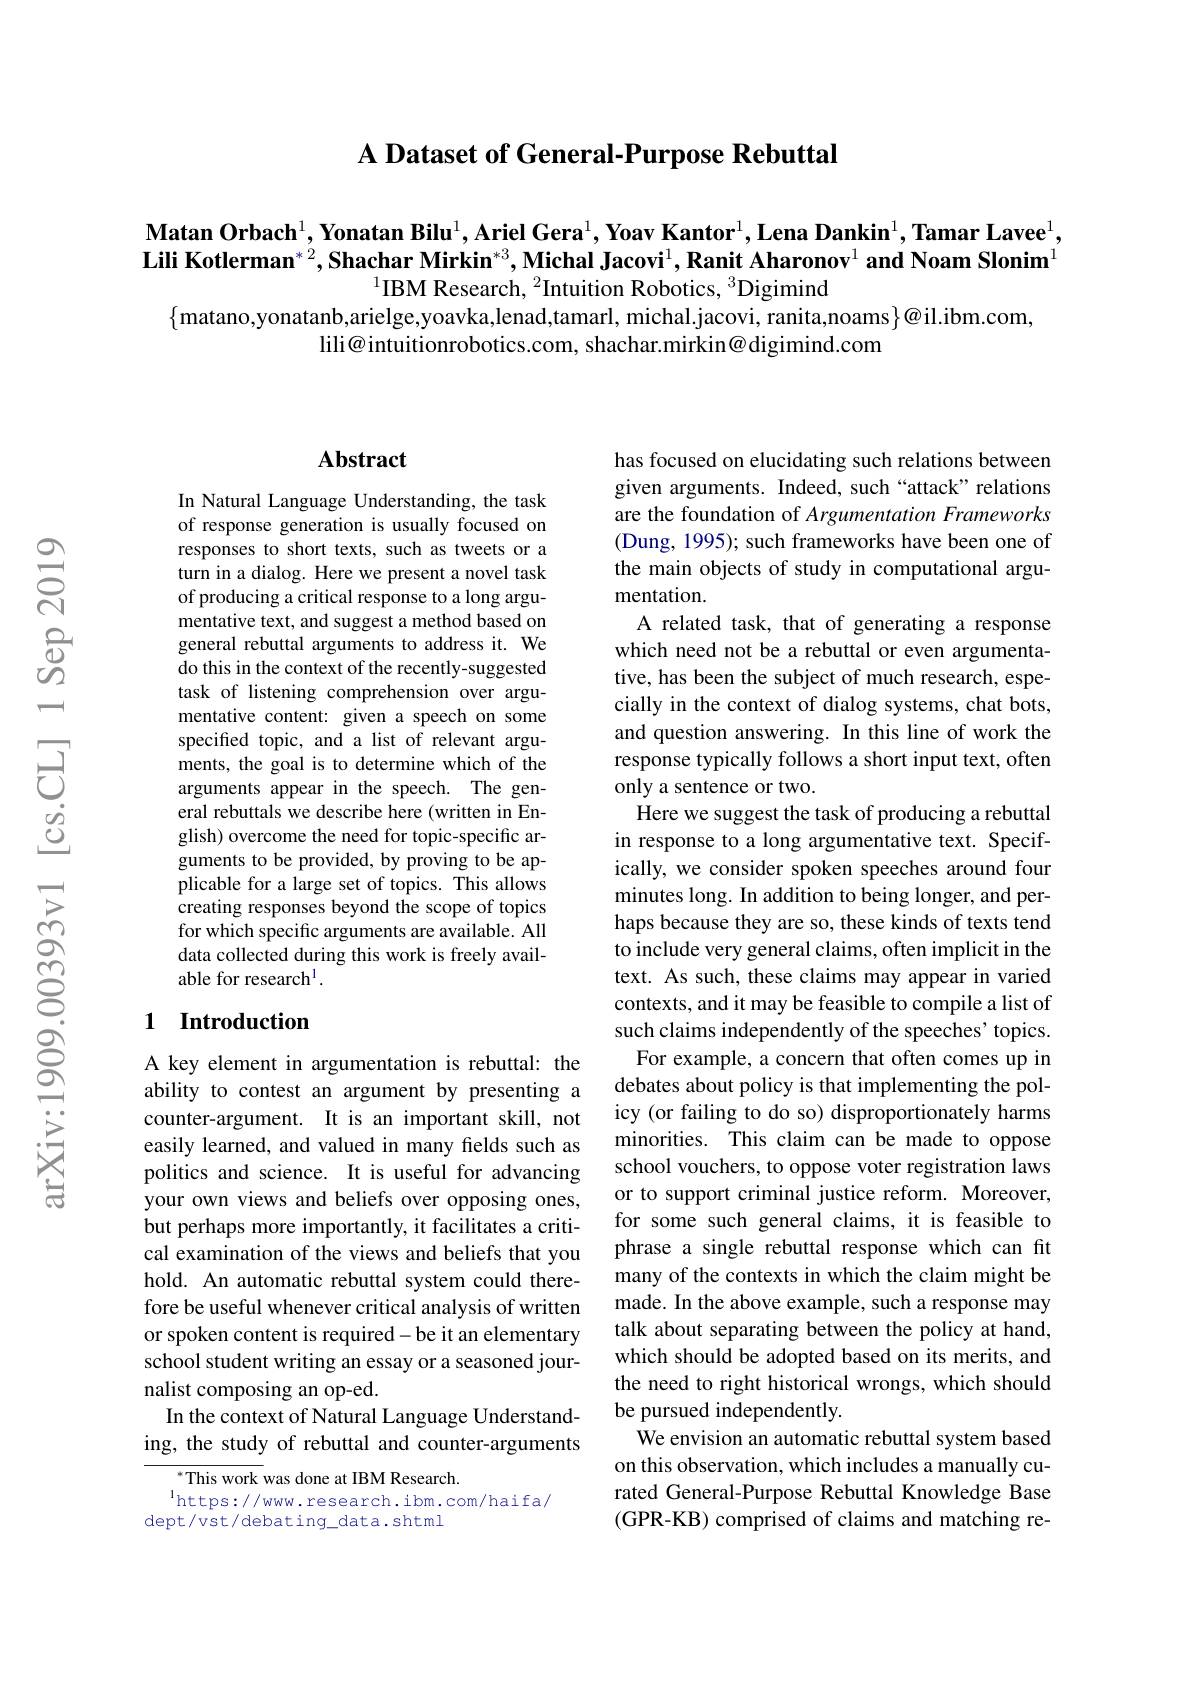
A Dataset of General-Purpose Rebuttal

$\textbf{Matan Orbach}^1,\textbf{Yonatan Bilu}^1,\textbf{Ariel Gera}^1,\textbf{Yoav Kantor}^1,\textbf{Lena Dankin}^1,\textbf{Tamar Lavee}^1$, Lili Kotlerman$^*2,\textbf{Shachar Mirkin}^{*3}$,Michal Jacovi$^1,\textbf{Ranit Aharonov}^1\textbf{and Noam Slonim}^1$
$^{1}$IBM Research, $^2$Intuition Robotics, $^3$Digimind

$\{$matano,yonatanb,arielge,yoavka,lenad,tamarl, michal.jacovi, ranita,noams$\}@$il.ibm.com,
lili@ intuitionrobotics.com, shachar.mirkin@ digimind.com

## Abstract

In Natural Language Understanding, the task of response generation is usually focused on responses to short texts, such as tweets or a turn in a dialog. Here we present a novel task of producing a critical response to a long argumentative text, and suggest a method based on general rebuttal arguments to address it. We do this in the context of the recently-suggested task of listening comprehension over argumentative content: given a speech on some specified topic, and a list of relevant arguments, the goal is to determine which of the arguments appear in the speech. The general rebuttals we describe here (written in English) overcome the need for topic-specific arguments to be provided, by proving to be applicable for a large set of topics. This allows creating responses beyond the scope of topics for which specific arguments are available. All data collected during this work is freely available for research$^1.$

## 1 Introduction

A key element in argumentation is rebuttal: the ability to contest an argument by presenting a counter-argument. It is an important skill, not easily learned, and valued in many fields such as politics and science. It is useful for advancing your own views and beliefs over opposing ones, but perhaps more importantly, it facilitates a critical examination of the views and beliefs that you hold. An automatic rebuttal system could therefore be useful whenever critical analysis of written or spoken content is required-be it an elementary school student writing an essay or a seasoned journalist composing an op-ed.
In the context of Natural Language Understanding, the study of rebuttal and counter-arguments

$^{*}$This work was done at IBM Research.
$^{\mathrm{l}}$https://www.research.ibm.com/haifa/
dept/vst/debating\_data.shtml

has focused on elucidating such relations between given arguments. Indeed, such“attack” relations are the foundation of Argumentation Frameworks (Dung, 1995); such frameworks have been one of the main objects of study in computational argumentation
A related task, that of generating a response which need not be a rebuttal or even argumentative, has been the subject of much research, especially in the context of dialog systems, chat bots, and question answering. In this line of work the response typically follows a short input text, often only a sentence or two.
Here we suggest the task of producing a rebuttal in response to a long argumentative text. Specifically, we consider spoken speeches around four minutes long. In addition to being longer, and perhaps because they are so, these kinds of texts tend to include very general claims, often implicit in the text. As such, these claims may appear in varied contexts, and it may be feasible to compile a list of such claims independently of the speeches' topics. For example, a concern that often comes up in debates about policy is that implementing the policy (or failing to do so) disproportionately harms minorities. This claim can be made to oppose school vouchers, to oppose voter registration laws or to support criminal justice reform. Moreover, for some such general claims, it is feasible to phrase a single rebuttal response which can fit many of the contexts in which the claim might be made. In the above example, such a response may talk about separating between the policy at hand, which should be adopted based on its merits, and the need to right historical wrongs, which should be pursued independently.
We envision an automatic rebuttal system based on this observation, which includes a manually curated General-Purpose Rebuttal Knowledge Base (GPR-KB) comprised of claims and matching re-